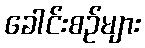
ခေါင်းစဉ်များ